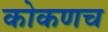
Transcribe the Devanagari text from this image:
कोकणच